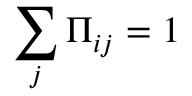
\sum _ { j } \Pi _ { i j } = 1